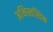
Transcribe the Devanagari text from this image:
अक्षिस्वस्तिक